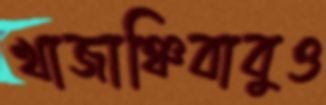
খাজাঞ্চিবাবুও